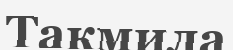
Такмила